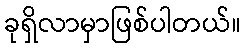
ခုရှိလာမှာဖြစ်ပါတယ်။